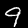
Digit: 9